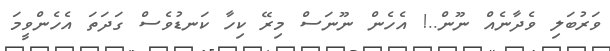
ވަރުބަލި ވެދާނެއް ނޫން..! އެހެން ނޫނަސް މިރޭ ކިހާ ކަނޑުވެސް ގަދަތަ އެހެންވީމަ